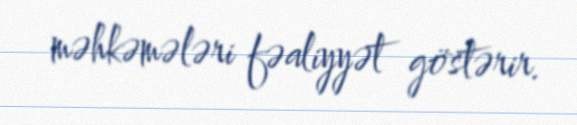
məhkəmələri fəaliyyət göstərir.